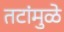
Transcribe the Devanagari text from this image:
तटांमुळे